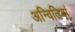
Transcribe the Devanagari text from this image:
अन्वितियां